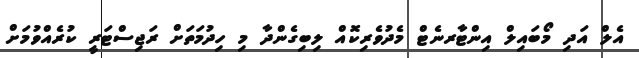
އެލް އަދި މޯބައިލް އިންޓާރނެޓް މެދުވެރިކޮއް ލިބިގެންދާ މި ހިދުމަތަށް ރަޖިސްޓަރީ ކުރެއްވުމަށް